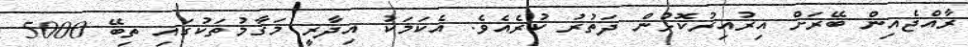
ރާއްޖެއިން ބޭރަށް އިރުއިރުކޮޅުން ދަތުރު ކުރެއެވެ. އެކަމަކު އިދާރީ މަޤާމުތަކުގައި ތިބޭ 5000